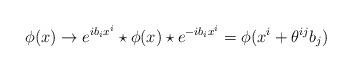
LaTeX: \begin{align*}\phi (x) \rightarrow e^{ib_ix^i}\star \phi (x) \star e^{-ib_ix^i} = \phi(x^i+\theta^{ij}b_j)\end{align*}